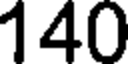
140